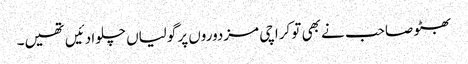
بھٹو صاحب نے بھی تو کراچی مزدوروں پر گولیاں چلوا دئیں تھیں۔